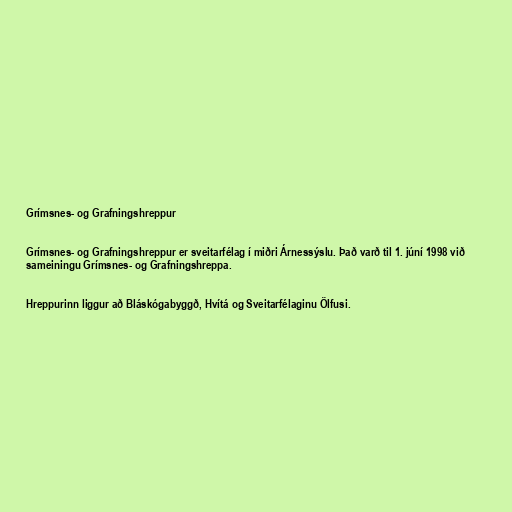
Grímsnes- og Grafningshreppur

Grímsnes- og Grafningshreppur er sveitarfélag í miðri Árnessýslu. Það varð til 1. júní 1998 við
sameiningu Grímsnes- og Grafningshreppa.

Hreppurinn liggur að Bláskógabyggð, Hvítá og Sveitarfélaginu Ölfusi.